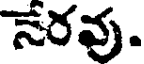
నేరవు.